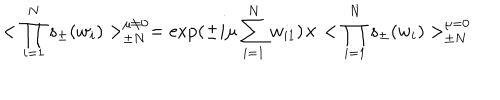
LaTeX: < \prod _ { i = 1 } ^ { N } s _ { \pm } ( w _ { i } ) > _ { \pm N } ^ { \mu \ne 0 } = \exp ( \pm i \mu \sum _ { i = 1 } ^ { N } w _ { i 1 } ) \times < \prod _ { i = 1 } ^ { N } s _ { \pm } ( w _ { i } ) > _ { \pm N } ^ { \mu = 0 }